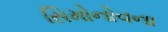
સિમોનોવના